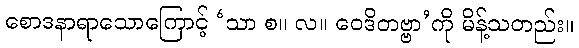
စောဒနာရာသောကြောင့် ‘သာ စ။ လ။ ဝေဒိတဗ္ဗာ’ကို မိန့်သတည်း။